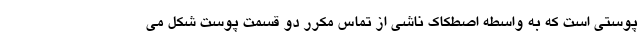
پوستی است که به واسطه اصطکاک ناشی از تماس مکرر دو قسمت پوست شکل می